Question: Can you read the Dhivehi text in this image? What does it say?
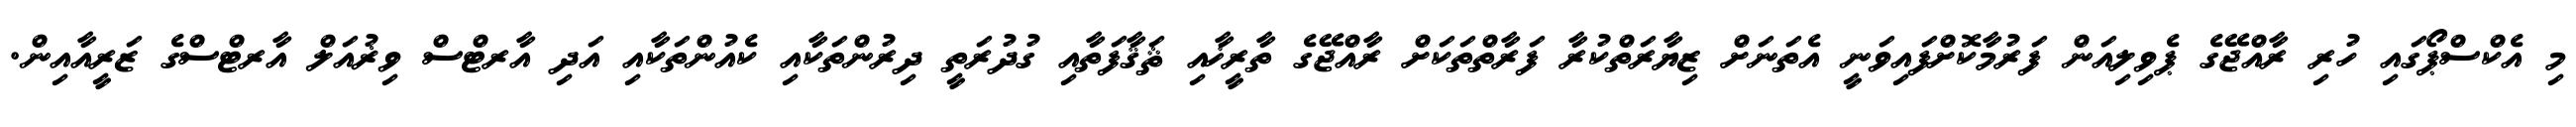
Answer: މި އެކްސްޕޯގައި ހުރި ރާއްޖޭގެ ޕެވިލިއަން ފަރުމާކޮށްފައިވަނީ އެތަނަށް ޒިޔާރަތްކުރާ ފަރާތްތަކަށް ރާއްޖޭގެ ތާރީޚާއި ޘަޤާފަތާއި ގުދުރަތީ ދިރުންތަކާއި ކެއުންތަކާއި އަދި އާރޓްސް ވިޜުއަލް އާރޓްސްގެ ޒަރީއާއިން.